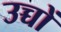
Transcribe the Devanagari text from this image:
उच्चों